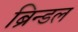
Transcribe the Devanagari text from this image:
ब्रिन्डल